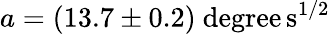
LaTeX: a=(13.7\pm 0.2)\mathrm{\ degree\, s^{1/2}}